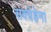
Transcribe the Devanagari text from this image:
सक्वेहेना